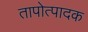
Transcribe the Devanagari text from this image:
तापोत्पादक